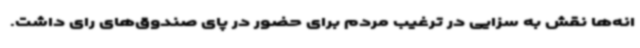
انه‌ها نقش به سزایی در ترغیب مردم برای حضور در پای صندوق‌های رای داشت.